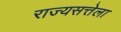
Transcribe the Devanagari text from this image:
राज्यसत्तेला